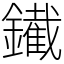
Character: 䥫